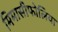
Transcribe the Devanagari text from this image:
मिमासीफोलिया